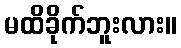
မထိခိုက်ဘူးလား။